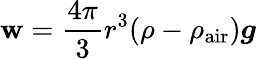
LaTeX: {\boldsymbol{\mathbf{w}}}={\frac{{4\pi}}{{3}}}r^{3}(\rho-\rho_{\textrm{{air}}}){\boldsymbol{g}}